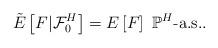
LaTeX: \begin{align*}\tilde{E}\left[ F|\mathcal{F}_{0}^{H}\right] =E\left[ F\right]~\mathbb P^H\mbox{-a.s.}. \end{align*}